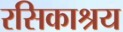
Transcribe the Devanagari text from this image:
रसिकाश्रय